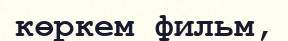
көркем фильм,